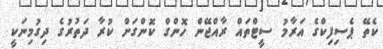
ކެތޭ ޕެސިފިކްގެ އަރާމު ސީޓްތައް ރާއްޖޭން ހޮންގް ކޮންގަށް ކުރާ ދަތުރުގެ ދިގުމިނަކީ